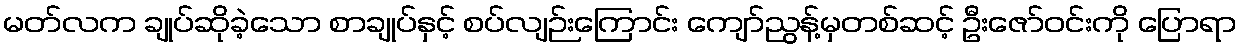
မတ်လက ချုပ်ဆိုခဲ့သော စာချုပ်နှင့် စပ်လျဉ်းကြောင်း ကျော်ညွန့်မှတစ်ဆင့် ဦးဇော်ဝင်းကို ပြောရာ